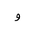
Letter: _waw